Report of the Bombay Plague Committee
Disease focus: Plague
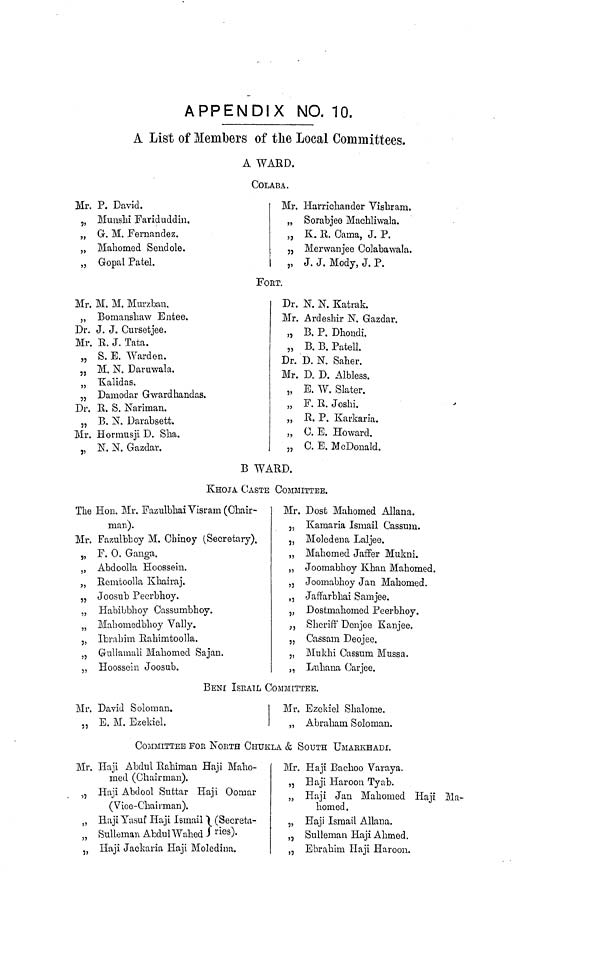
APPENDIX NO, 10,
A List of Members of the Local Committees.
A WARD.
COLABA.
Mr. P. David.
„ Munshi Fariduddin.
„ G. M. Fernandez.
„ Mahomed Sendole.
„ Gopal Patel.
Mr. Harrichander Vishram,
„ Sorabjee Machliwala.
„ K. R. Oama, J. P.
„ Merwanjee Colabawala.
,, J. J. Mody, J. P.
FORT.
Mr. M. M. Murzbau.
„ Bomanshaw Entee.
Dr. J. J. Cursetjee.
Mr. R. J. Tata.
„ S. E. Warden.
„ M. N. Daruwala.
Kalidas.lJ.
„ Damodar Gwardhandas.
Dr. R. S. Nariman.
„ B. N. Darabsett.
Mr. Horrausji D. Sha.
„ N. N. Gazdar.
Dr. N. N. Katrak.
Mr. Ardeshir N. Gazdar.
„ B. P. Dhondi.
„ B. B. Patell.
Dr. D. N. Saber.
Mr. D. D. Albless.
„ E. W. Slater.
„ F. R. Joshi.
„ R. P. Karkaria.
„ C. E. Howard.
„ C. E. McDonald.
B WARD.
KHOJA CASTE COMMITTEE.
The Hon. Mr. FazulbhaiVisram (Chair-
man).
Mr. Fazulbboy M. Chinoy (Secretary),
„ F. 0. Ganga.
„ Abdoolla Hoossein.
„ Remtoolla Ivhairaj.
„ Joosub Pecrbhoy.
„ Habibbboy Cassumbhoy.
„ Mahomedbboy Vally.
5, Ibrahim Rahimtoolla.
„ Gullamali Mahomed Sajan.
„ Hoossein Joosub.
Mr. Dost Mahomed Allana.
„ Kamaria Ismail Cassum.
„ Moledena Laljee.
„ Mahomed Jafifer Mukni.
„ Joomabhoy Khan Mahomed.
„ Joomabhoy Jan Mahomed.
,, Jaffarbhai Samjee.
„ Dostmahomed Peerbhoy.
,, Sheriff' Denjee Kanjee.
„ Cassam Deojee,
„ Iitukhi Cassum Muss a.
„ Luhana Carjee.
BENI ISRATL COMMITTEE.
Mr. David Soloman.
„ E. M. Ezekiel.
Mr. Ezokiel Shalome.
„ Abraham Soloman.
COMMITTEE FOB NORTH CI-IUKLA & SOUTH UMARKHADI.
Mr. Haji Abdul Rahiman Haji Maho-
ined (Chairman).
)7
Haji Abdool Suttar Haji Oomar
( Vice-Chairman).
„ Haji Yasuf Haji Ismail \ (Secreta-
„ Sulleman Abdul Wahed 1 ries )-
„ Haji Jackaria Haji Moledina.
Mr. Haji Bachoo Varaya.
„ Eaji Haroon Tyab.
„ Haji Jan Mahomed Haji Ma-
homed.
„ Haji Ismail Allana.
„ Sulleman Haji Ahmed.
SJ
Ebrahim Haji Haroon.